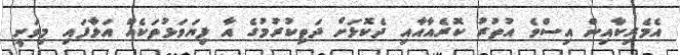
އެމެރިކާއިން އިސްވެ އުތުރު ކޮރެއާއާއި ދެކޮޅަށް ދަތިކުރުމުގެ އާ ފިޔަވަޅުތަކެއް އަޅާފައި މިވަނީ